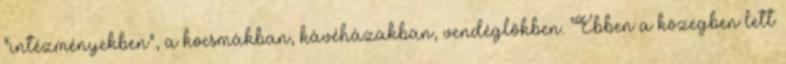
"intézményekben", a kocsmákban, kávéházakban, vendéglőkben. Ebben a közegben lett